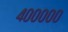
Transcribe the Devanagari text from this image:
४०००००